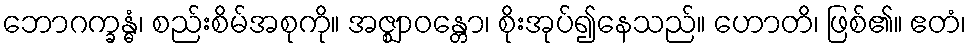
ဘောဂက္ခန္ဓံ၊ စည်းစိမ်အစုကို။ အဇ္ဈာဝန္တော၊ စိုးအုပ်၍နေသည်။ ဟောတိ၊ ဖြစ်၏။ ဧတံ၊